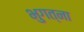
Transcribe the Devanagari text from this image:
भुगत्ना